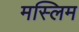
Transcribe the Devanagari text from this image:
मस्लिम